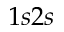
1 s 2 s